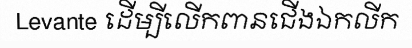
Levante ដើម្បីលើកពានជើងឯកលីក